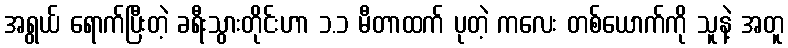
အရွယ် ရောက်ပြီးတဲ့ ခရီးသွားတိုင်းဟာ ၁.၁ မီတာထက် ပုတဲ့ ကလေး တစ်ယောက်ကို သူနဲ့ အတူ